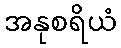
အနုစရိယံ